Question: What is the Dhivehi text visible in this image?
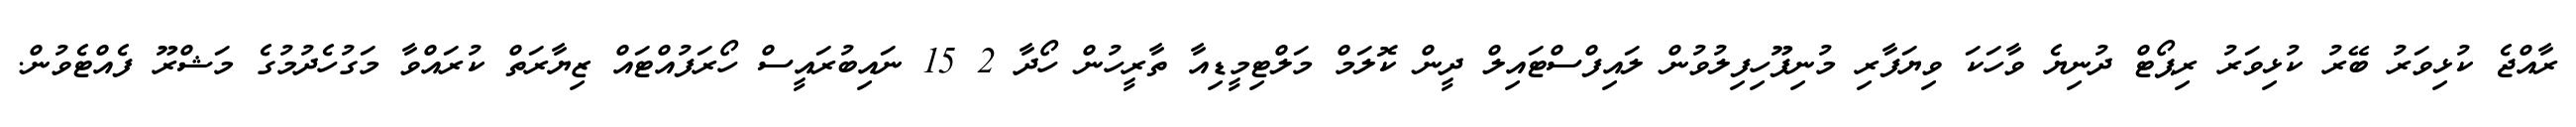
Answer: ރާއްޖެ ކުޅިވަރު ބޭރު ކުޅިވަރު ރިޕޯޓް ދުނިޔެ ވާހަކަ ވިޔަފާރި މުނިފޫހިފިލުވުން ލައިފްސްޓައިލް ދީން ކޮލަމް މަލްޓިމީޑިއާ ތާރީހުން ހޯދާ 2 15 ނައިބުރައީސް ހޯރަފުއްޓައް ޒިޔާރަތް ކުރައްވާ މަގުހެދުމުގެ މަޝްރޫ ފެއްޓެވުން.